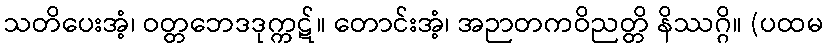
သတိပေးအံ့၊ ဝတ္တဘေဒဒုက္ကဋ်။ တောင်းအံ့၊ အဉာတကဝိညတ္တိ နိဿဂ္ဂိ။ (ပထမ